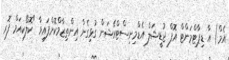
އެމް) އާ ޑިޕާޓްމަންޓް އޮފް ޖުޑީޝަލް އެޑްމިނިސްޓްރޭޝަން ގުޅިގެން އިންތިޒާމްކޮށްފައިވާ "ކޮލޯކިއަމް ފޮރ